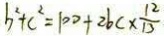
b ^ { 2 } + c ^ { 2 } = 1 0 0 + 2 b c \times \frac { 1 2 } { 1 3 }